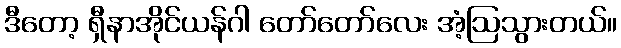
ဒီတော့ ရှီနာအိုင်ယန်ဂါ တော်တော်လေး အံ့ဩသွားတယ်။